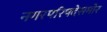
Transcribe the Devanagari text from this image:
नगरपरिषदेसमोर